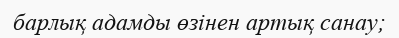
барлық адамды өзінен артық санау;